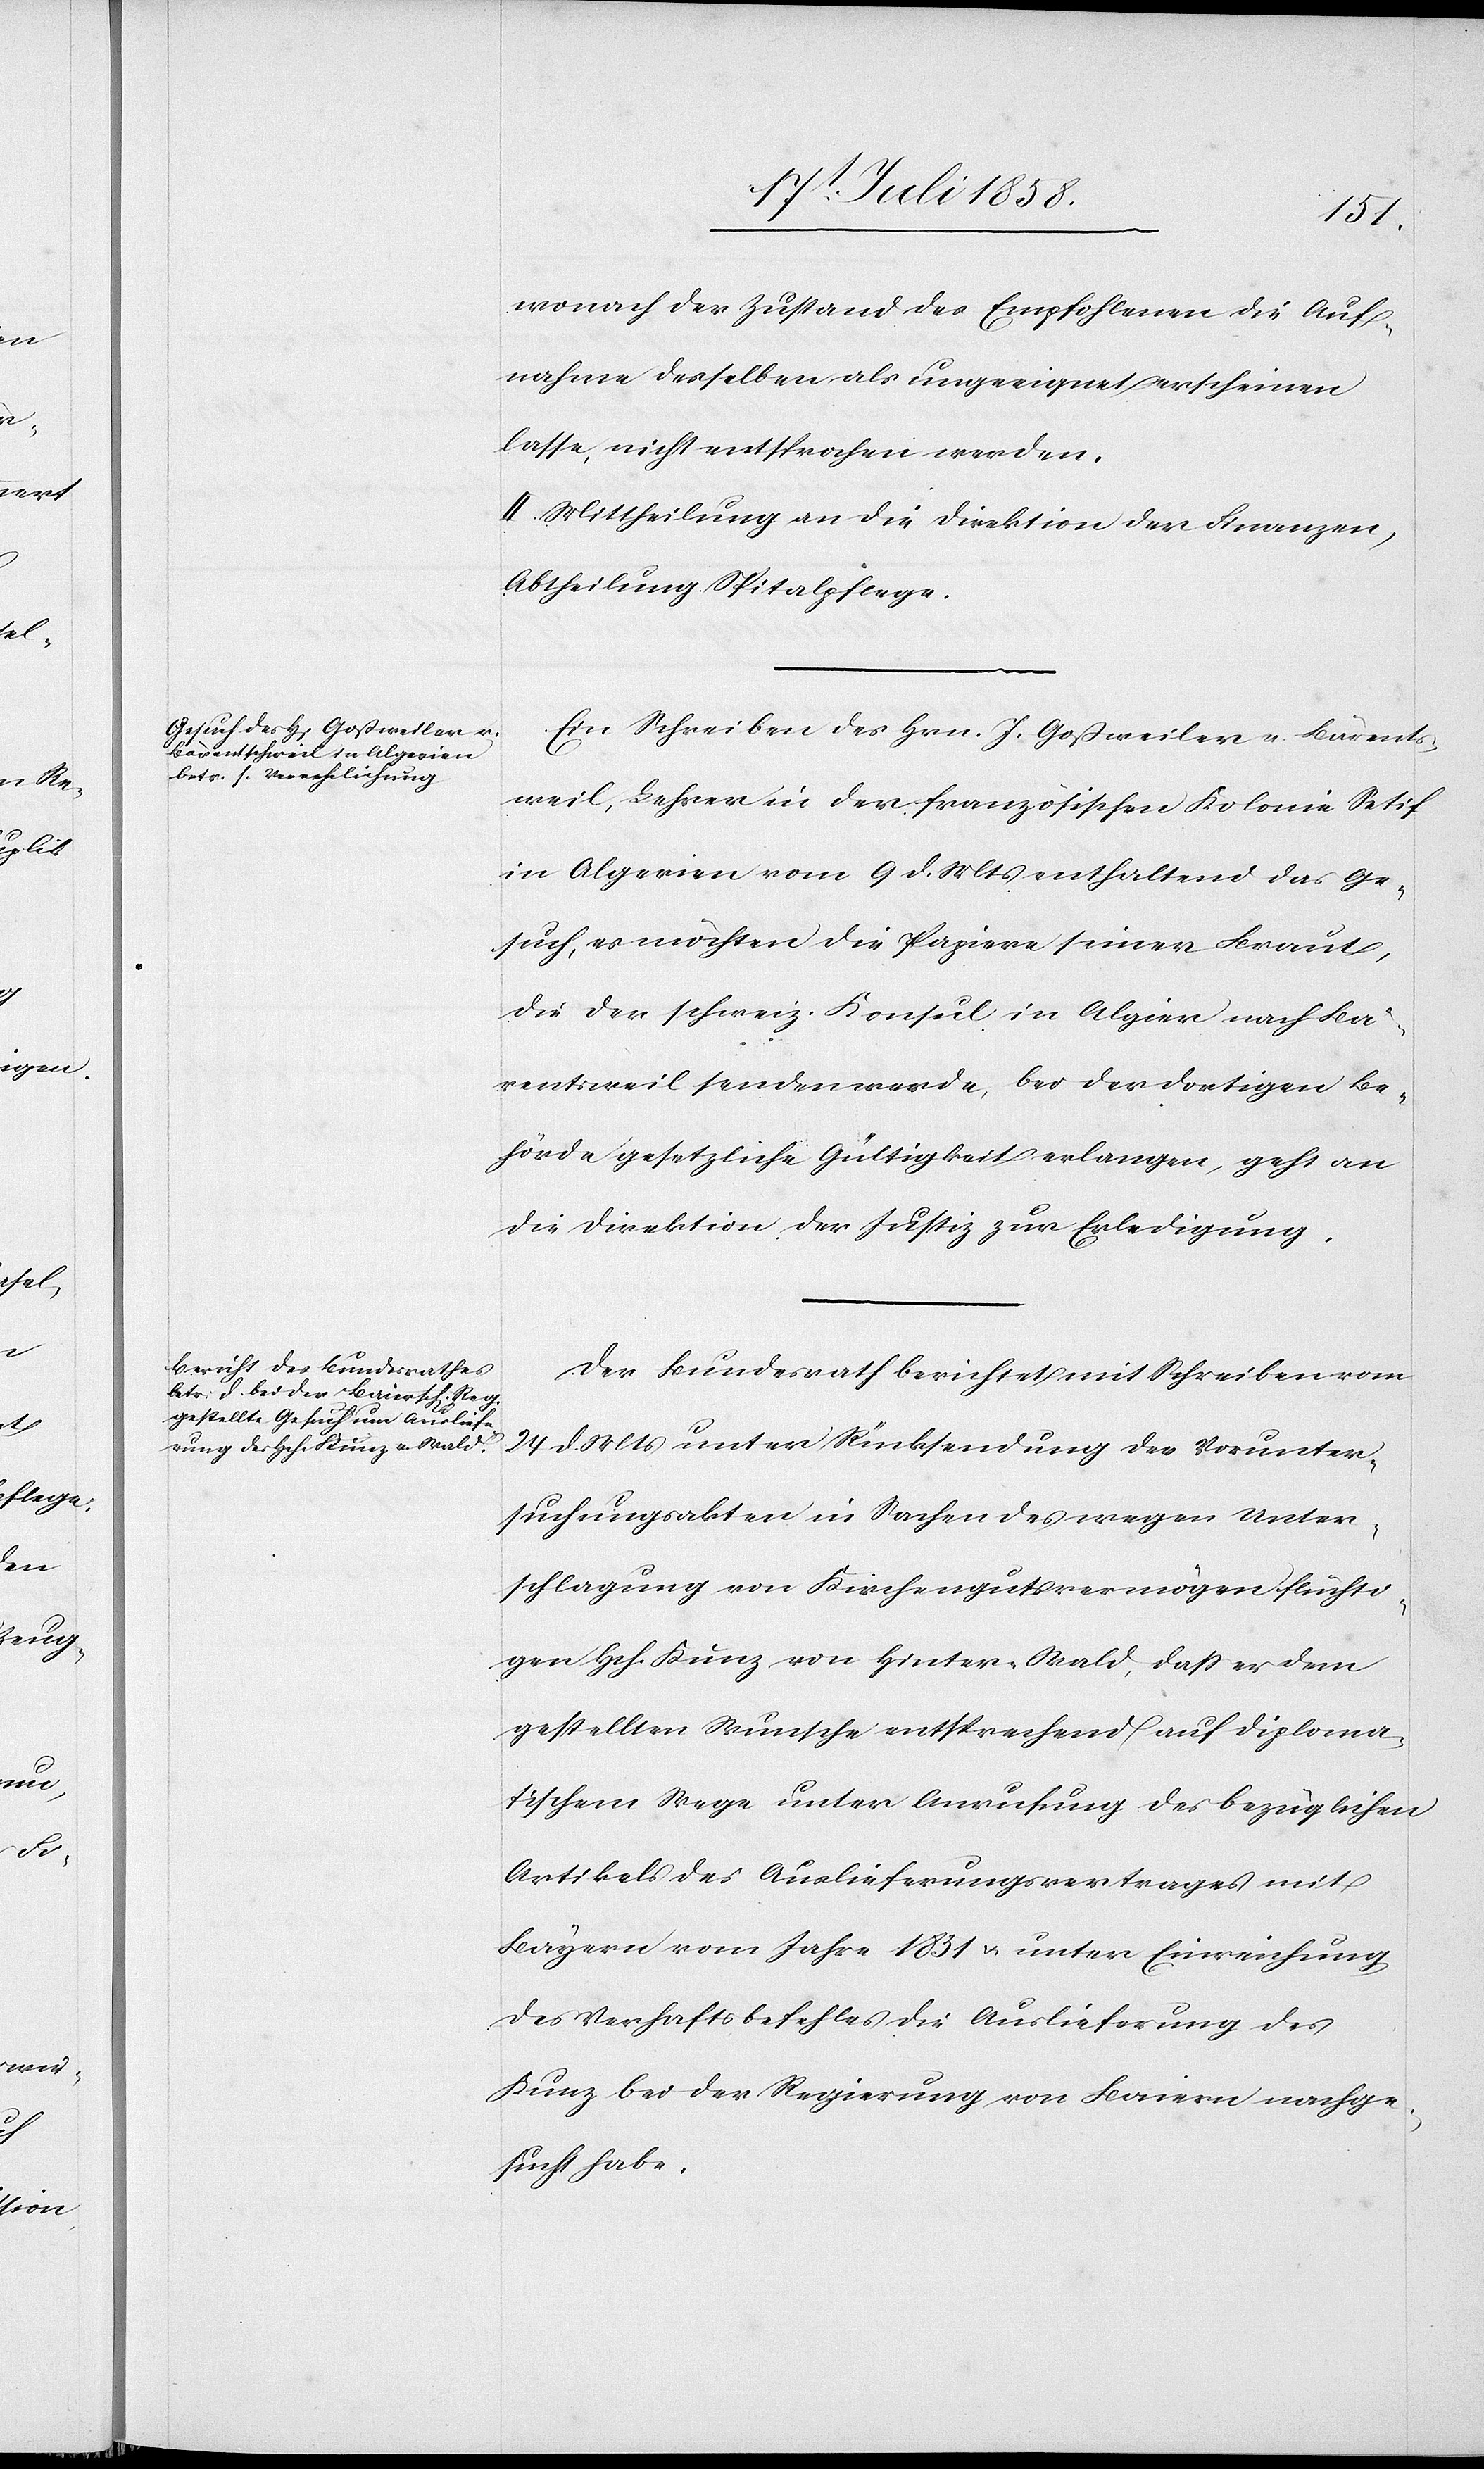
26 Juli 1858.]
wonach der Zustand des Empfohlenen die Auf¬
nahme desselben als ungeeignet erscheinen
lasse, nicht entsprochen werden.
II. Mittheilung an die Direktion der Finanzen,
Abtheilung Spitalpflege.
Ein Schreiben des Hrn. J. Goßweiler v. Bärents¬
weil, Lehrer in der französischen Kolonie Setif
in Algerien vom 9 d. Mts enthaltend das Ge¬
such, es möchten die Papiere seiner Braut,
die der schweiz. Konsul in Algier nach Bä¬
rentsweil senden werde, bei der dortigen Be¬
hörde gesetzliche Gültigkeit erlangen, geht an
die Direktion der Justiz zur Erledigung.
Der Bundesrath berichtet mit Schreiben vom
24 d. Mts unter Rücksendung der Vorunter¬
suchungsakten in Sachen des wegen Unter¬
schlagung von Kirchengutsvermögen flüchti¬
gen Hch. Kunz von Hinter-Wald, dass er dem
gestellten Wunsche entsprechend auf diploma¬
tischem Wege unter Anrufung des bezüglichen
Artikels des Auslieferungsvertrages mit
Bayern vom Jahre 1831 & unter Einreichung
des Verhaftsbefehles die Auslieferung des
Kunz bei der Regierung von Baiern nachge¬
sucht habe.